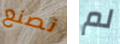
نصنع لم